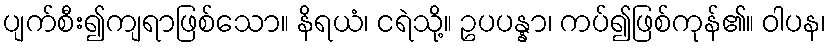
ပျက်စီး၍ကျရာဖြစ်သော။ နိရယံ၊ ငရဲသို့။ ဥပပန္နာ၊ ကပ်၍ဖြစ်ကုန်၏။ ဝါပန၊